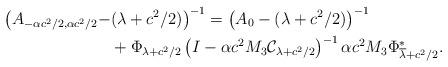
LaTeX: \begin{align*} \big(A_{-\alpha c^2/2 , \alpha c^2/2} - &(\lambda + c^2/2) \big)^{-1} = \left( A_{0}-(\lambda +c^2/2)\right)^{-1} \\&+ \Phi_{\lambda + c^2/2} \left( I - \alpha c^2 M_3 \mathcal{C}_{\lambda + c^2/2} \right)^{-1} \alpha c^2 M_3 \Phi_{\overline{\lambda} + c^2/2}^{\ast}.\end{align*}